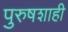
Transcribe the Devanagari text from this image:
पुरुषशाही